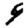
Digit: 9